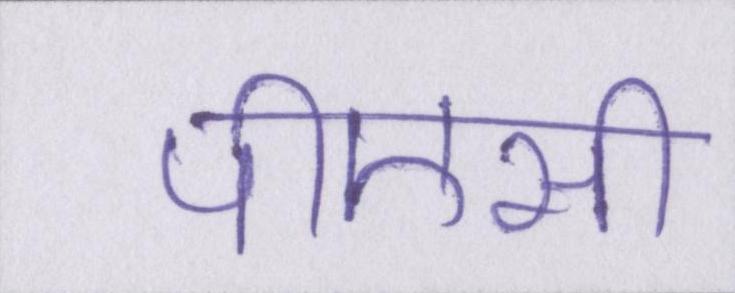
पीएसी